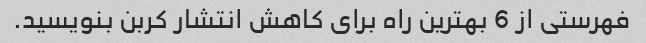
فهرستی از 6 بهترین راه برای کاهش انتشار کربن بنویسید.